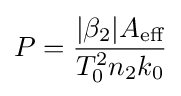
P={\frac {|\beta _{2}|A_{\text{eff}}}{T_{0}^{2}n_{2}k_{0}}}